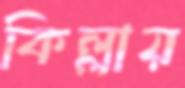
কিল্লায়